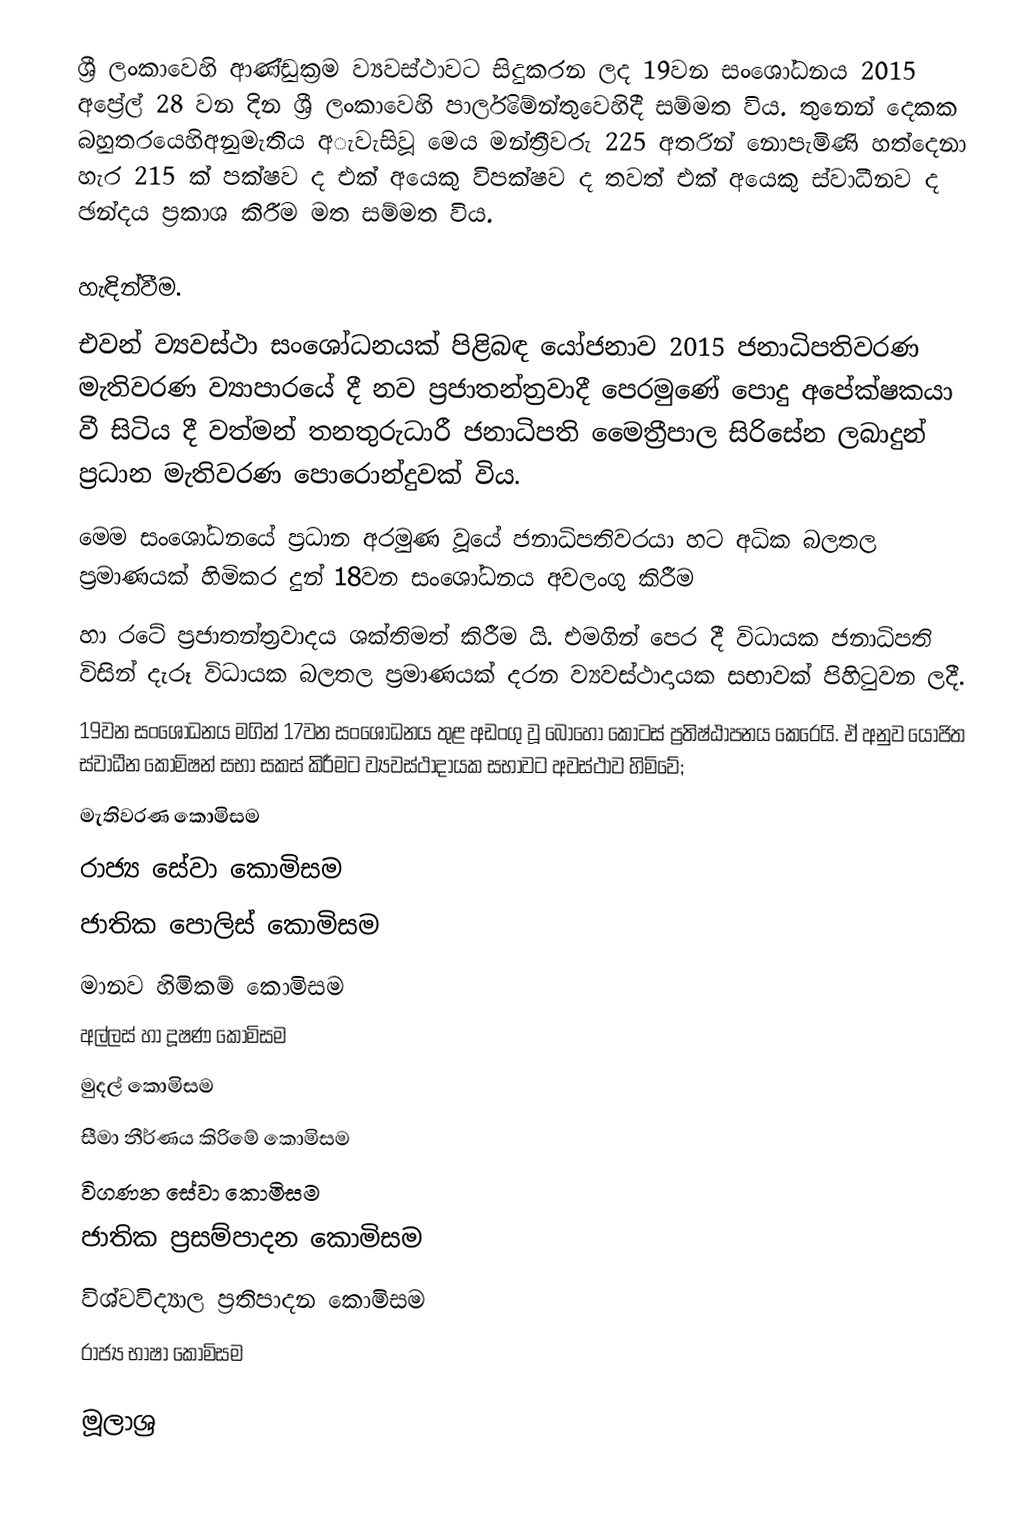
ශ්‍රී ලංකාවෙහි ආණ්ඩුක්‍රම ව්‍යවස්ථාවට සිදුකරන ලද 19වන සංශෝධනය  2015 අප්‍රේල් 28 වන දින ශ්‍රී ලංකාවෙහි පාර්ලිමේන්තුවෙහිදී සම්මත විය. තුනෙන් දෙකක බහුතරයෙහිඅනුමැතිය අැවැසිවූ මෙය මන්ත්‍රීවරු 225 අතරින් නොපැමිණි හත්දෙනා හැර 215 ක් පක්ෂව ද එක් අයෙකු විපක්ෂව ද තවත් එක් අයෙකු ස්වාධීනව ද ඡන්දය ප්‍රකාශ කිරීම මත සම්මත විය.

හැඳින්වීම.
එවන් ව්‍යවස්ථා සංශෝධනයක් පිළිබඳ යෝජනාව 2015 ජනාධිපතිවරණ මැතිවරණ ව්‍යාපාරයේ දී නව ප්‍රජාතන්ත්‍රවාදී පෙරමුණේ පොදු අපේක්ෂකයා වී සිටිය දී වත්මන් තනතුරුධාරී ජනාධිපති මෛත්‍රීපාල සිරිසේන ලබාදුන් ප්‍රධාන මැතිවරණ පොරොන්දුවක් විය.
මෙම සංශෝධනයේ ප්‍රධාන අරමුණ වූයේ ජනාධිපතිවරයා හට අධික බලතල ප්‍රමාණයක් හිමිකර දුන් 18වන සංශෝධනය අවලංගු කිරීම
හා රටේ ප්‍රජාතන්ත්‍රවාදය ශක්තිමත් කිරීම යි. එමගින් පෙර දී විධායක ජනාධිපති විසින් දැරූ විධායක බලතල ප්‍රමාණයක් දරන ව්‍යවස්ථාදායක සභාවක් පිහිටුවන ලදී.
19වන සංශෝධනය මගින් 17වන සංශෝධනය තුළ අඩංගු වූ බොහෝ කොටස් ප්‍රතිෂ්ඨාපනය කෙරෙයි. ඒ අනුව යෝජිත ස්වාධීන කොමිෂන් සභා සකස් කිරීමට ව්‍යවස්ථාදායක සභාවට අවස්ථාව හිමිවේ;
 මැතිවරණ කොමිසම
 රාජ්‍ය සේවා කොමිසම
 ජාතික පොලිස් කොමිසම
 මානව හිමිකම් කොමිසම
 අල්ලස් හා දූෂණ කොමිසම
 මුදල් කොමිසම
 සීමා නීර්ණය කිරිමේ කොමිසම
 විගණන සේවා කොමිසම
 ජාතික ප්‍රසම්පාදන කොමිසම
 විශ්වවිද්‍යාල ප්‍රතිපාදන කොමිසම
 රාජ්‍ය භාෂා කොමිසම

මූලාශ්‍ර